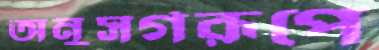
অনুসর্গরূপে